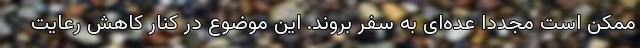
ممکن است مجددا عده‌ای به سفر بروند. این موضوع در کنار کاهش رعایت